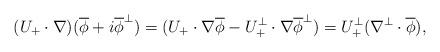
LaTeX: \begin{align*} (U_+ \cdot \nabla)(\overline{\phi}+i\overline{\phi}^\perp) = (U_+ \cdot \nabla \overline{\phi} - U^\perp_+ \cdot \nabla \overline{\phi}^\perp) = U^\perp_+ (\nabla^\perp\cdot \overline{\phi}), \end{align*}